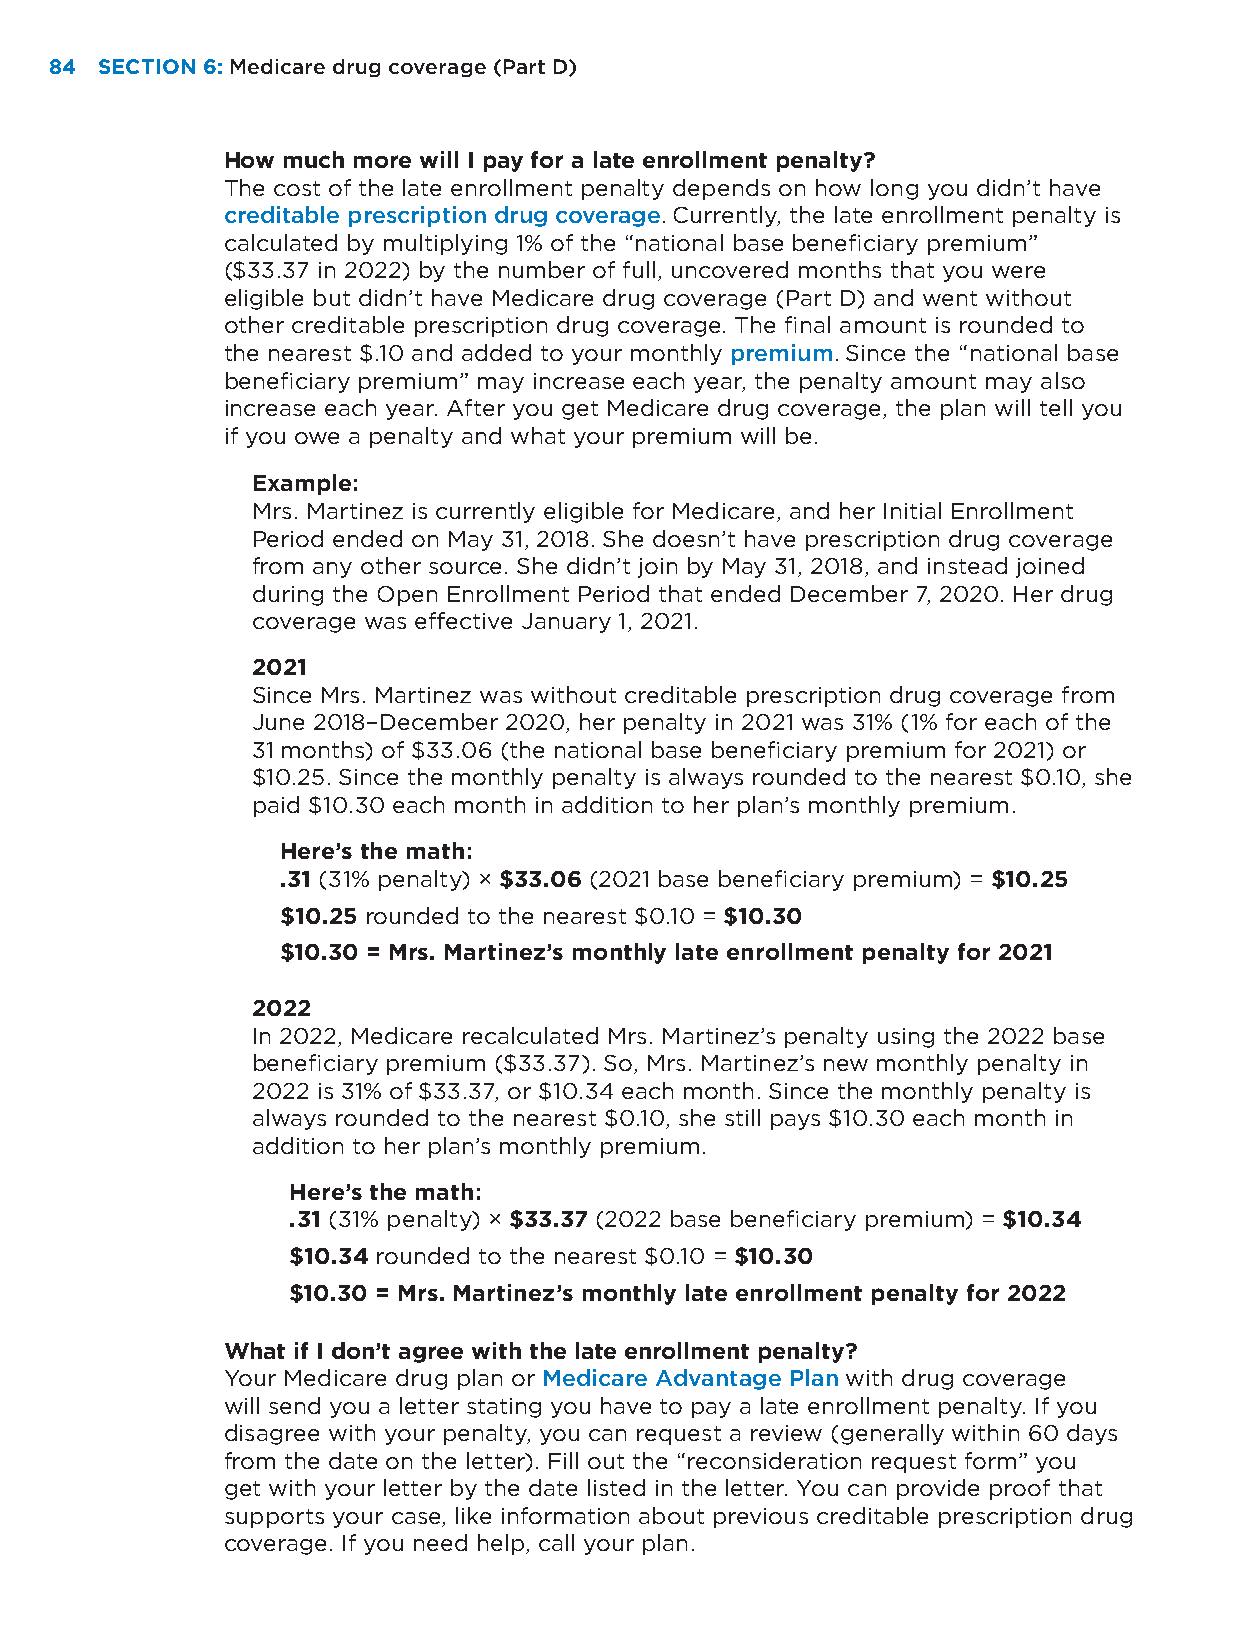
84 SECTION 6: Medicare drug coverage (Part D)
 How much more will I pay for a late enrollment penalty?
 The cost of the late enrollment penalty depends on how long you didn’t have
 creditable prescription drug coverage. Currently, the late enrollment penalty is
 calculated by multiplying 1% of the “national base beneficiary premium”
 ($33.37 in 2022) by the number of full, uncovered months that you were
 eligible but didn’t have Medicare drug coverage (Part D) and went without
 other creditable prescription drug coverage. The final amount is rounded to
 the nearest $.10 and added to your monthly premium. Since the “national base
 beneficiary premium” may increase each year, the penalty amount may also
 increase each year. After you get Medicare drug coverage, the plan will tell you
 if you owe a penalty and what your premium will be.
 Example:
 Mrs. Martinez is currently eligible for Medicare, and her Initial Enrollment
 Period ended on May 31, 2018. She doesn’t have prescription drug coverage
 from any other source. She didn’t join by May 31, 2018, and instead joined
 during the Open Enrollment Period that ended December 7, 2020. Her drug
 coverage was effective January 1, 2021.
 2021
 Since Mrs. Martinez was without creditable prescription drug coverage from
 June 2018–December 2020, her penalty in 2021 was 31% (1% for each of the
 31 months) of $33.06 (the national base beneficiary premium for 2021) or
 $10.25. Since the monthly penalty is always rounded to the nearest $0.10, she
 paid $10.30 each month in addition to her plan’s monthly premium.
 Here’s the math:
 .31 (31% penalty) × $33.06 (2021 base beneficiary premium) = $10.25
 $10.25 rounded to the nearest $0.10 = $10.30
 $10.30 = Mrs. Martinez’s monthly late enrollment penalty for 2021
 2022
 In 2022, Medicare recalculated Mrs. Martinez’s penalty using the 2022 base
 beneficiary premium ($33.37). So, Mrs. Martinez’s new monthly penalty in
 2022 is 31% of $33.37, or $10.34 each month. Since the monthly penalty is
 always rounded to the nearest $0.10, she still pays $10.30 each month in
 addition to her plan’s monthly premium.
 Here’s the math:
 .31 (31% penalty) × $33.37 (2022 base beneficiary premium) = $10.34
 $10.34 rounded to the nearest $0.10 = $10.30
 $10.30 = Mrs. Martinez’s monthly late enrollment penalty for 2022
 What if I don’t agree with the late enrollment penalty?
 Your Medicare drug plan or Medicare Advantage Plan with drug coverage
 will send you a letter stating you have to pay a late enrollment penalty. If you
 disagree with your penalty, you can request a review (generally within 60 days
 from the date on the letter). Fill out the “reconsideration request form” you
 get with your letter by the date listed in the letter. You can provide proof that
 supports your case, like information about previous creditable prescription drug
 coverage. If you need help, call your plan.